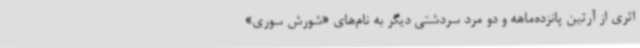
اثری از آرتین پانزده‌ماهه و دو مرد سردشتی دیگر به نام‌های «شورش سوری»